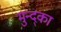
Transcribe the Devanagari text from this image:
मुन्द्का